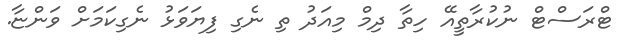
ޓްރަސްޓް ނުކުރާތީއޭ ހިތާ ދިމް މިއަދު ތި ނެގި ފިޔަވަޅު ނެގިކަމަށް ވަންޏާ.